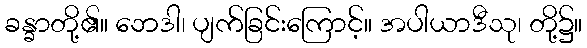
ခန္ခာတို့၏။ ဘေဒါ၊ ပျက်ခြင်းကြောင့်။ အပါယာဒီသု၊ တို့၌။